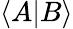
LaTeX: \langle A\vert B\rangle